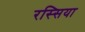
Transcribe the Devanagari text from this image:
रस्सिया